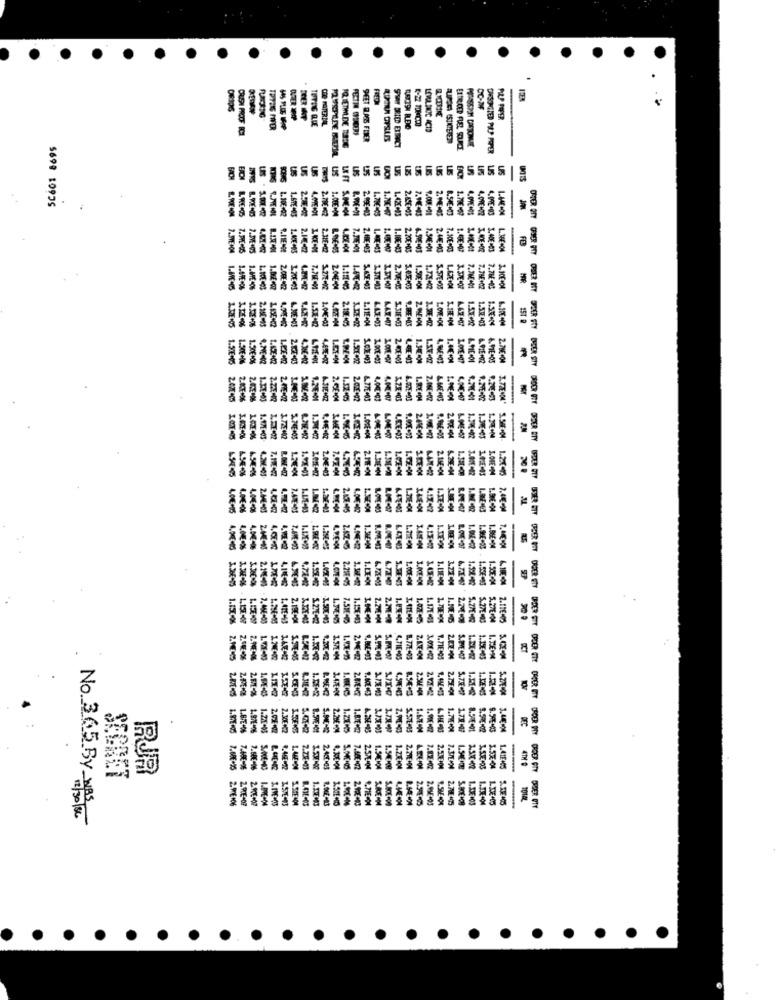
CRUSH PROOF BC
AUFSE ISTKIERE
LS
US
Us
LEFT
US
LIS
LPS
LOTE+01
2.780 2
1.14E-04
1.10€+02
1.67E+03
1.000MM
1.420-03
7.9€-43
-
7.3VE +05
1.ME .05
2.10442
LKE-M
LUCE 100
2.94 2.瓶梅
1.100-43
2.70€+00
3.94€+01
2.44E +03
7.10E+03
1.49E +07
6.996-03
1.ME40%
1.THE 45
LATER
S.A5E +03
2. 70E-0:
1.50E 104
1.7212
5.57E 105
1.63E+00
7.76E+02
7.76 -03
1.11E+04
151 0
LATAR
2.19 15
S.SIF +03
1.JE-02
LOWE+04
1.5TL +03
1.50€ +06
1.51 .22
1.44 +04
2.78E+04
2.470 05
2.GE104
2.0%E +02
S.74E+05
2.9DE +04
2.0€+03
4.29E-M4
1.27-6
1.SIE -M4
LET-X
S.EEN
2.11E-04
ORDER BITY
2.046-03
1.LE-13
1.71E-04
4.57-2
4.00%
1.290 05
1.999-04
ORDER GET
1.LE-01
1. LIE-M
1.58-
4.72-
R
1.41E+45
2.19€+00
7.515
1.15E+03
I.PE-M
1.07E:05
1.177-03
5.27E -03
2.116405
8
1.153-06 Z.ME 5
1.7-83
.71E+03
1.35€-03
2.1.7-%
R. HIER
.MECZ
3.47 H4
S.THet
1.326-05
ORDER ETT CHER FIY
2.30E+02
1.8℃
1.71E+00
1.78 47
ORDER PTY
2.77E10
RUR
1.90 01
1.41E45
CHODR FTY
2.PE
--
2.PVC-05
2. 7W 45
No 365 BY-1BS